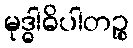
မုဒ္ဓါဓိပါတဉ္စ